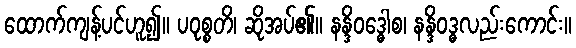
ထောက်ကျန့်ပင်ဟူ၍။ ပဝုစ္စတိ၊ ဆိုအပ်၏။ နန္ဒိဝဒ္ဓေါစ၊ နန္ဒိဝဒ္ဓလည်းကောင်း။